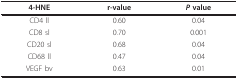
<table><thead><tr><td><b>4-HNE</b></td><td><b>r-value</b></td><td><b><i>P </i>value</b></td></tr></thead><tbody><tr><td>CD4 ll</td><td>0.60</td><td>0.04</td></tr><tr><td>CD8 sl</td><td>0.70</td><td>0.001</td></tr><tr><td>CD20 sl</td><td>0.68</td><td>0.04</td></tr><tr><td>CD68 ll</td><td>0.47</td><td>0.04</td></tr><tr><td>VEGF bv</td><td>0.63</td><td>0.01</td></tr></tbody></table>